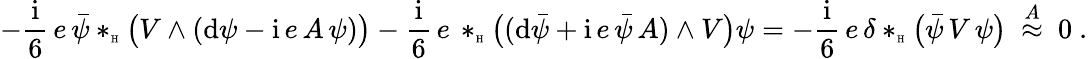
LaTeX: -\frac{\mathrm{i}}6\, e\, \bar{\psi}\ast_{\textrm{\tiny H}}\big(V\wedge(\mathrm{d}\psi-{\mathrm{i}}\, e\, A\, \psi)\big)-\frac{\mathrm{i}}6\, e\, \ast_{\textrm{\tiny H}}\big((\mathrm{d}\bar{\psi}+{\mathrm{i}}\, e\, \bar{\psi}\, A)\wedge V\big)\psi=-\frac{\mathrm{i}}6\, e\, \delta\ast_{\textrm{\tiny H}}\big(\bar{\psi}\, V\, \psi\big)\ \stackrel{A}{\approx}\ 0\ .